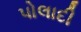
પોલાદી